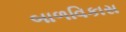
બાળવિકાસ